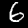
Label: 6